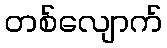
တစ်လျောက်